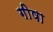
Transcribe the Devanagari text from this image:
गीषा